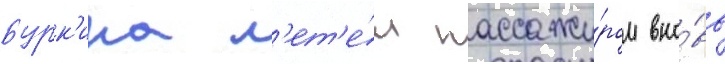
Бурк'ина л'ет'е́л пассажи́ром вно́вь